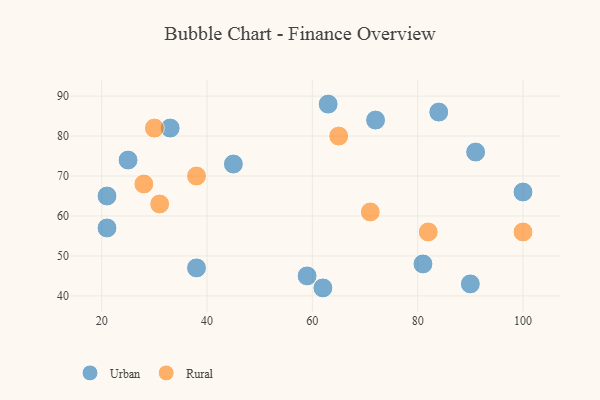
{"axis": {"x": "GDP", "y": "Life Expectancy"}, "legend": ["Rural", "Urban"], "data": [{"x": "84", "y": 86, "type": "Urban"}, {"x": "62", "y": 42, "type": "Urban"}, {"x": "90", "y": 43, "type": "Urban"}, {"x": "81", "y": 48, "type": "Urban"}, {"x": "59", "y": 45, "type": "Urban"}, {"x": "72", "y": 84, "type": "Urban"}, {"x": "25", "y": 74, "type": "Urban"}, {"x": "91", "y": 76, "type": "Urban"}, {"x": "33", "y": 82, "type": "Urban"}, {"x": "100", "y": 66, "type": "Urban"}, {"x": "38", "y": 47, "type": "Urban"}, {"x": "45", "y": 73, "type": "Urban"}, {"x": "63", "y": 88, "type": "Urban"}, {"x": "21", "y": 57, "type": "Urban"}, {"x": "21", "y": 65, "type": "Urban"}, {"x": "38", "y": 70, "type": "Rural"}, {"x": "65", "y": 80, "type": "Rural"}, {"x": "30", "y": 82, "type": "Rural"}, {"x": "31", "y": 63, "type": "Rural"}, {"x": "82", "y": 56, "type": "Rural"}, {"x": "71", "y": 61, "type": "Rural"}, {"x": "28", "y": 68, "type": "Rural"}, {"x": "100", "y": 56, "type": "Rural"}]}